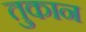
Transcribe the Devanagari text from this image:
तुकान